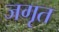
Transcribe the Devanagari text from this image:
जगृत